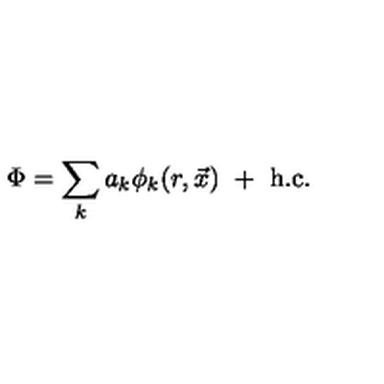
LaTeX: \Phi = \sum _ { k } a _ { k } \phi _ { k } ( r , \vec { x } ) \ + \ \mathrm { h . c . }